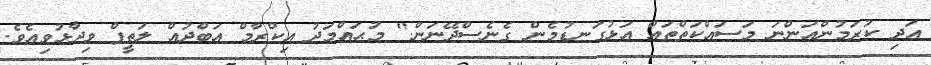
އަދި ކުރަމުންއަންނަ މަސައްކަތްތައް އަޅުގަނޑުމެން ގެނެސްދޭނަން." މުޙައްމަދު އިކްރާމް އަބްދުއް ލަތީފް ވިދާޅުވިއެވެ.